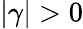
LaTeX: |\gamma|>0